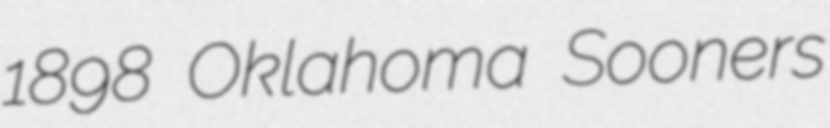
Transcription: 1898 Oklahoma Sooners